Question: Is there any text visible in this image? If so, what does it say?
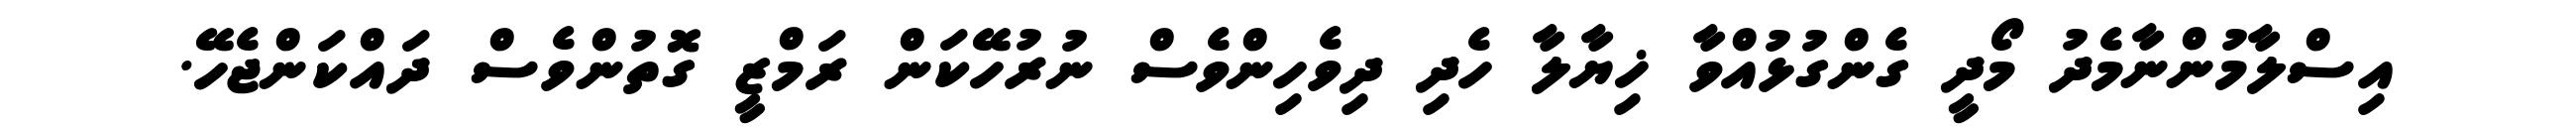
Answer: އިސްލާމުންނާމެދު މޯދީ ގެންގުޅުއްވާ ޚިޔާލާ ހެދި ދިވެހިންވެސް ނުރުހޭކަން ރަމްޒީ ގޮތުންވެސް ދައްކަންޖެހޭ.